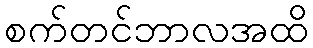
စက်တင်ဘာလအထိ